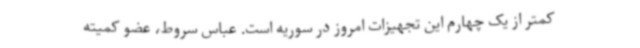
کمتر از یک چهارم این تجهیزات امروز در سوریه است. عباس سروط، عضو کمیته